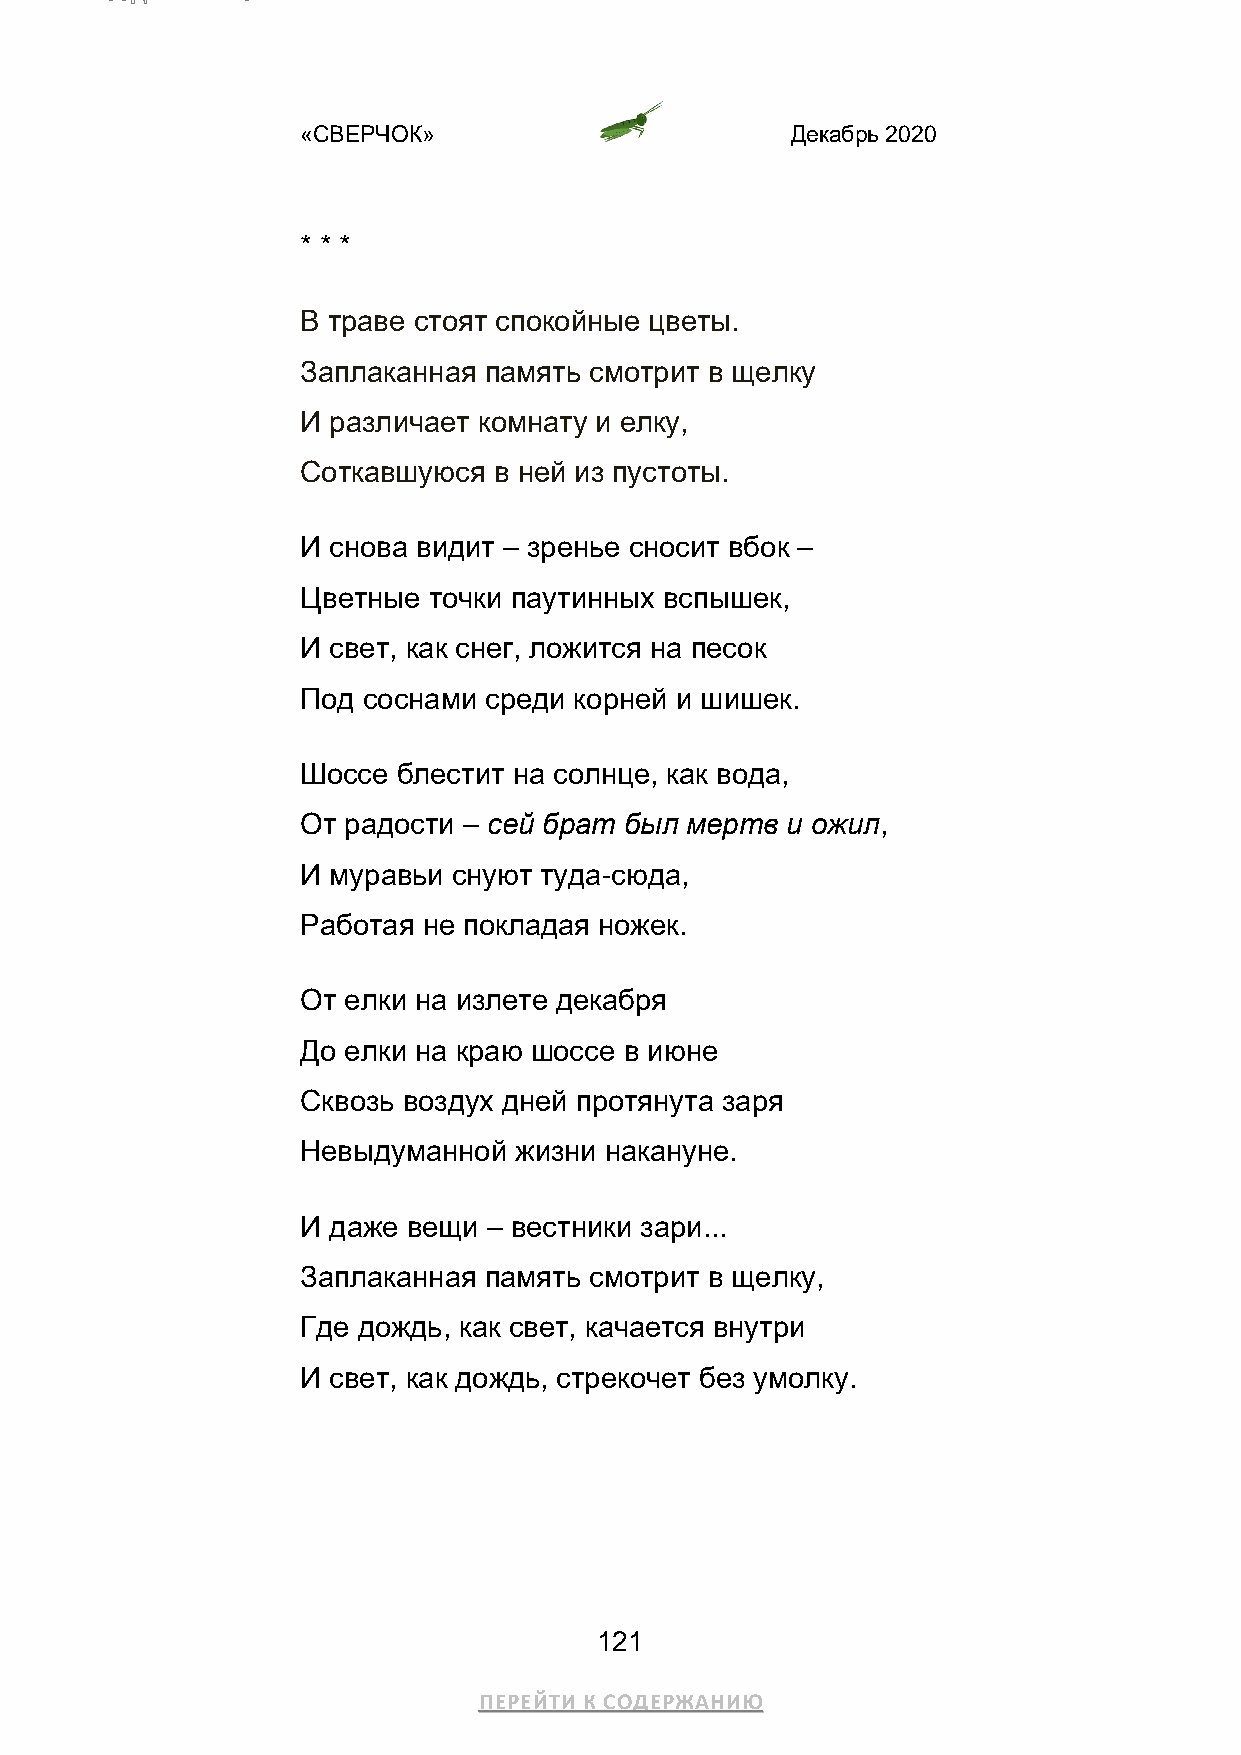
«СВЕРЧОК»                       Декабрь 2020
 * * *
 В траве стоят спокойные цветы.
 Заплаканная память смотрит в щелку
 И различает комнату и елку,
 Соткавшуюся  в ней из пустоты.
 И снова видит – зренье сносит вбок –
 Цветные точки паутинных вспышек,
 И свет, как снег, ложится на песок
 Под соснами среди корней и шишек.
 Шоссе блестит на солнце, как вода,
 От радости – сей брат был мертв и ожил,
 И муравьи снуют туда-сюда,
 Работая не покладая ножек.
 От елки на излете декабря
 До елки на краю шоссе в июне
 Сквозь воздух дней протянута заря
 Невыдуманной  жизни накануне.
 И даже вещи – вестники зари...
 Заплаканная память смотрит в щелку,
 Где дождь, как свет, качается внутри
 И свет, как дождь, стрекочет без умолку.
 121
 ПЕРЕЙТИ К СОДЕРЖАНИЮ